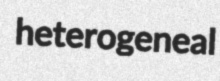
heterogeneal